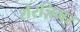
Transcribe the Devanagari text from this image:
शेरज़िगर